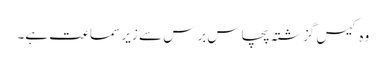
وہ کیس گزشتہ پچاس برس سے زیر سماعت ہے۔